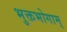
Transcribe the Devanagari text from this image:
भुक्तभोगाम्‌